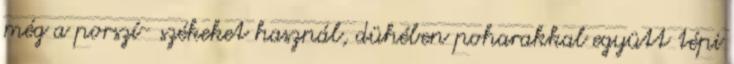
még a porszí- székeket használ, dühében poharakkal együtt tépi